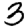
Digit: 3